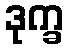
ဒုက္ခ